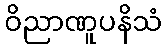
ဝိညာဏူပနိသံ